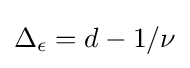
\Delta _{\epsilon }=d-1/\nu